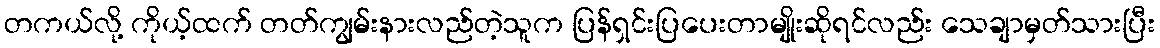
တကယ်လို့ ကိုယ့်ထက် တတ်ကျွမ်းနားလည်တဲ့သူက ပြန်ရှင်းပြပေးတာမျိုးဆိုရင်လည်း သေချာမှတ်သားပြီး